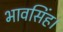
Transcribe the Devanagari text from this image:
भावसिंह।